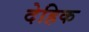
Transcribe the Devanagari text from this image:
देहिक